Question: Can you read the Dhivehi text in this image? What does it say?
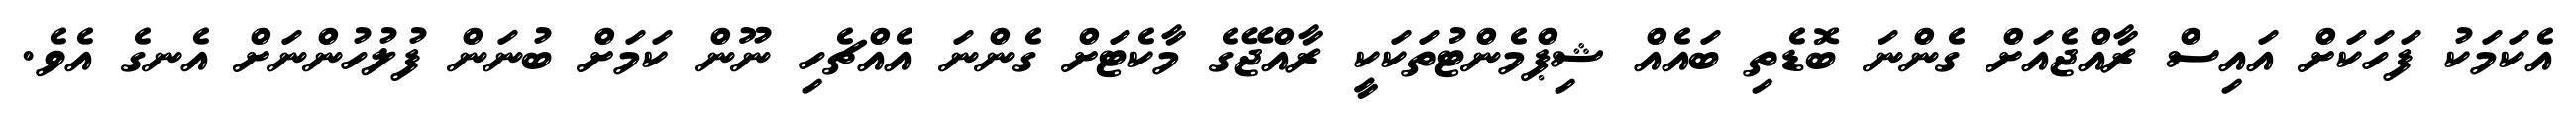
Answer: އެކަމަކު ފަހަކަށް އައިސް ރާއްޖެއަށް ގެންނަ ބޮޑެތި ބައެއް ޝިޕްމެންޓުތަކަކީ ރާއްޖޭގެ މާކެޓަށް ގެންނަ އެއްޗެހި ނޫން ކަމަށް ބުނަން ފުލުހުންނަށް އެނގެ އެވެ.